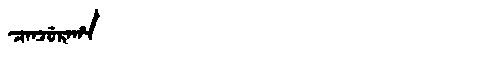
Manchu: ᠴᠠᠨᠵᡠᡵᠠᡥᠠ
Romanization: CANJURAHA